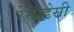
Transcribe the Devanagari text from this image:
रेसीडेसी